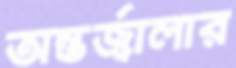
অন্তর্জ্বালার